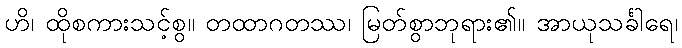
ဟိ၊ ထိုစကားသင့်စွ။ တထာဂတဿ၊ မြတ်စွာဘုရား၏။ အာယုသင်္ခါရေ၊